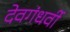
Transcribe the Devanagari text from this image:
देवगंधर्वी